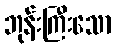
ဘုန်းကြီးသော